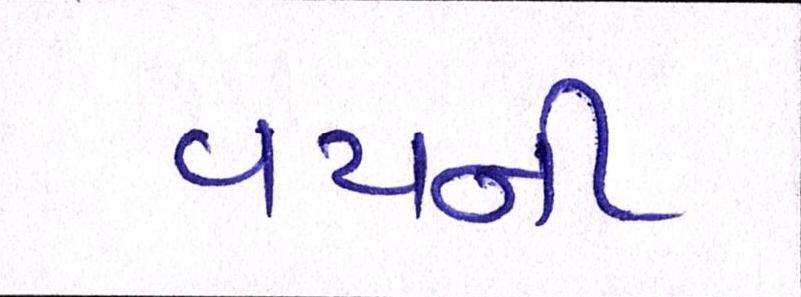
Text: વયની